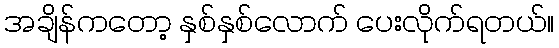
အချိန်ကတော့ နှစ်နှစ်လောက် ပေးလိုက်ရတယ်။